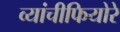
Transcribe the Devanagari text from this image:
व्यांचीफियोरे